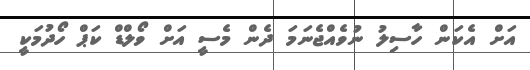
އަށް އެކަން ހާސިލު ނުވެއްޖެނަމަ ދެން މެސީ އަށް ވޯލްޑް ކަޕް ހޯދުމަކީ